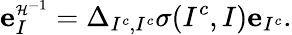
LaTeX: {\mathbf e}_{I}^{\scriptscriptstyle\mathcal{H}^{-1}}=\Delta_{I^{c},I^{c}}\sigma(I^{c},I){\mathbf e}_{I^{c}}.